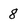
Character: 8